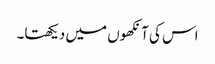
اس کی آنکھوں میں دیکھتا۔